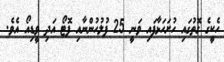
ހެކީގެ ގޮތުގައި ހުށަހަޅާފައި ވަނީ 25 ފުލުހުންނާއި ފޮޓޯ އަދި ވީޑިއޯ އެވެ.